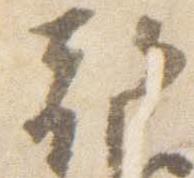
朝